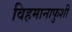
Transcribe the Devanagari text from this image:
विहमानाफुशी